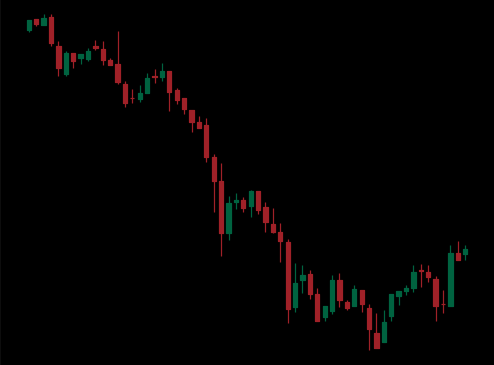
Pattern: bull_flag